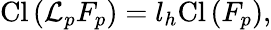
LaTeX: \mathrm{Cl}\left({\cal L}_{p}F_{p}\right)=l_{h}\mathrm{Cl}\left(F_{p}\right),